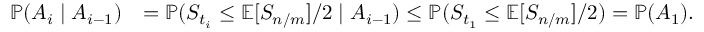
\begin{array} { r l } { \operatorname { \mathbb { P } } ( A _ { i } \mid A _ { i - 1 } ) } & { = \operatorname { \mathbb { P } } ( S _ { t _ { i } } \leq \operatorname { \mathbb { E } } [ S _ { n / m } ] / 2 \mid A _ { i - 1 } ) \leq \operatorname { \mathbb { P } } ( S _ { t _ { 1 } } \leq \operatorname { \mathbb { E } } [ S _ { n / m } ] / 2 ) = \operatorname { \mathbb { P } } ( A _ { 1 } ) . } \end{array}